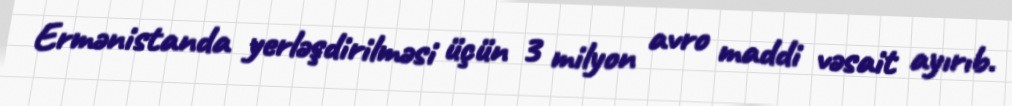
Ermənistanda yerləşdirilməsi üçün 3 milyon avro maddi vəsait ayırıb.